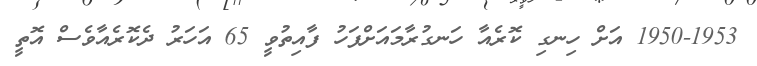
1950-1953 އަށް ހިނގި ކޮރެއާ ހަނގުރާމައަށްފަހު ފާއިތުވީ 65 އަހަރު ދެކޮރެއާވެސް އޮތީ